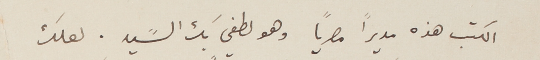
الكتب هذه مديراً مصرياً وهو لطفي بك السًيد. لعلك